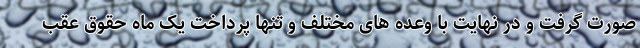
صورت گرفت و در نهایت با وعده های مختلف و تنها پرداخت یک ماه حقوق عقب